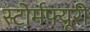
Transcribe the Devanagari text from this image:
स्टोर्मफ्यूरी